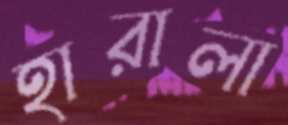
হারালা